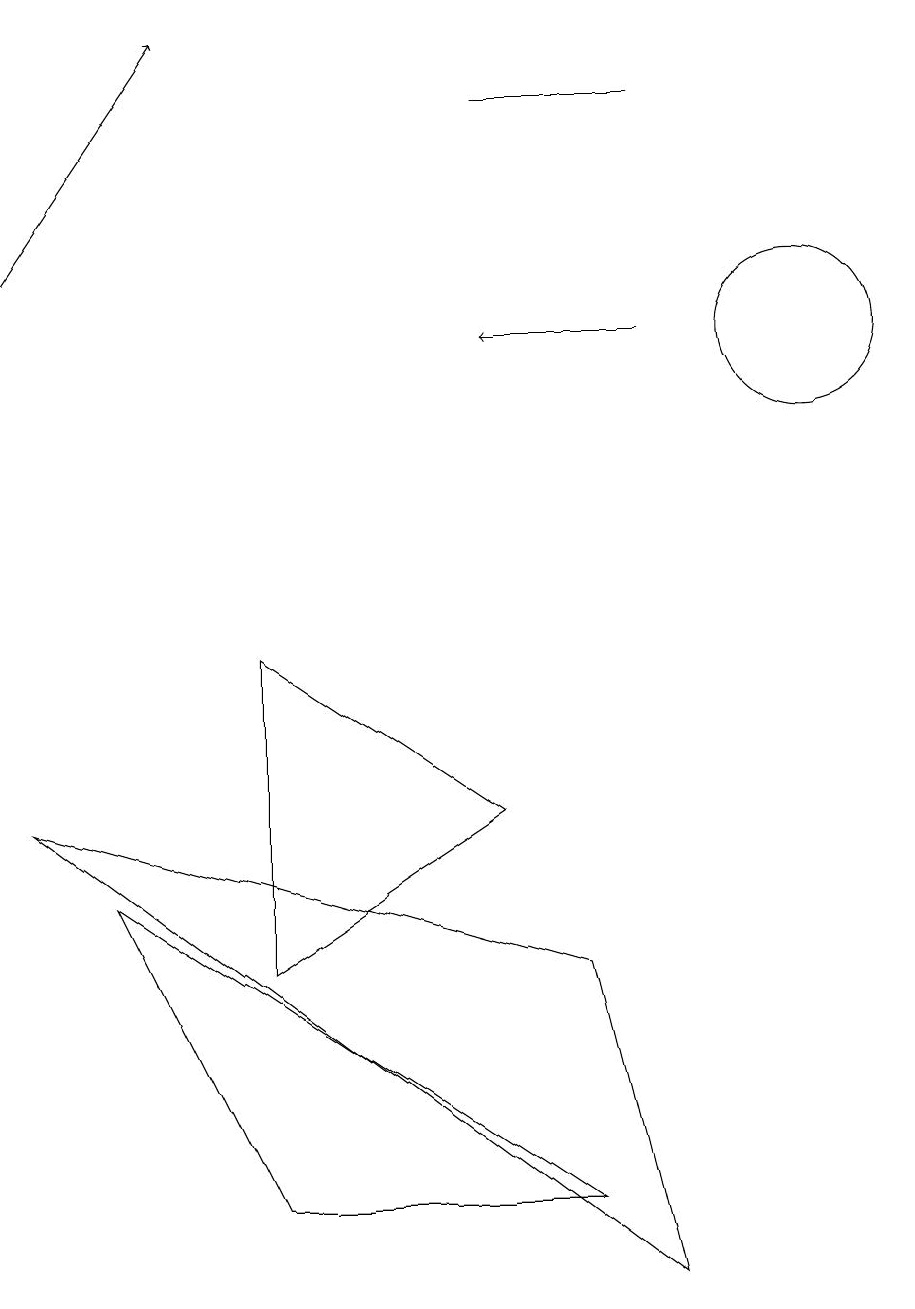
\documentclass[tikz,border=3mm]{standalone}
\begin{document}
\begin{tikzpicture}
\draw (6,15) rectangle (8,15);
\draw (6,6) -- (3,4) -- (3,8) -- cycle;
\draw (8,0) -- (0,6) -- (7,4) -- cycle;
\draw[->] (8,12) -- (6,12);
\draw (10,12) circle (1);
\draw (3,1) -- (1,5) -- (7,1) -- cycle;
\draw[->] (0,13) -- (2,16);
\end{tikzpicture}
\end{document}